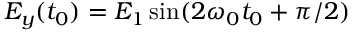
E _ { y } ( t _ { 0 } ) = E _ { 1 } \sin ( 2 \omega _ { 0 } t _ { 0 } + \pi / 2 )